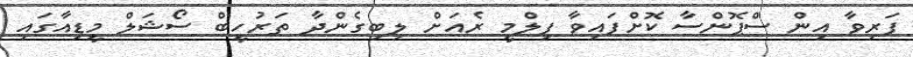
ފަރިވާ އިން ސްޕޮންސާ ކޮށްފައިވާ ފިލްމީ ރެއަށް ލިބިގެންދާ ތަރުހީބް ސޯޝަލް މީޑިއާގައި